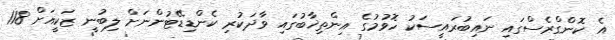
އެ ކޮންގްރެސްގައި ނައިބުރައީސަކު ހޮވުމުގެ އިންތިޚާބުގައި ވާދަކުރި ކެންޑިޑޭޓުންނަށް ލިބުނީ ޒަކީއަށް 118